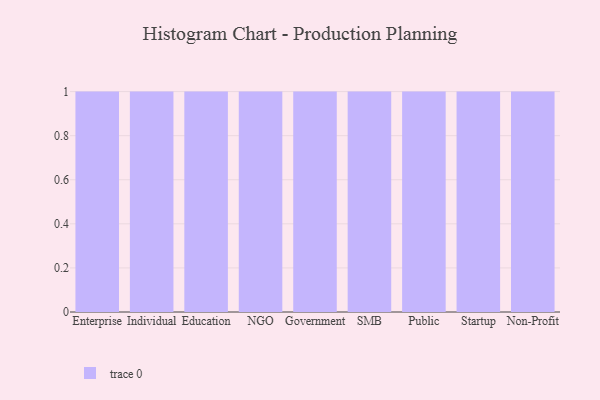
{"axis": {"x": "Segment", "y": "Bounce Rate (%)"}, "legend": [""], "data": [{"x": "Enterprise", "y": 42, "type": ""}, {"x": "Individual", "y": 83, "type": ""}, {"x": "Education", "y": 23, "type": ""}, {"x": "NGO", "y": 2, "type": ""}, {"x": "Government", "y": 85, "type": ""}, {"x": "SMB", "y": 81, "type": ""}, {"x": "Public", "y": 68, "type": ""}, {"x": "Startup", "y": 48, "type": ""}, {"x": "Non-Profit", "y": 2, "type": ""}]}